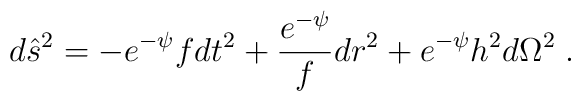
d \hat{s}^2 = - e^{- \psi} f d t^2 + \frac{e^{- \psi}}{f} d r^2 + e^{- \psi} h^2 d \Omega^2 \; .